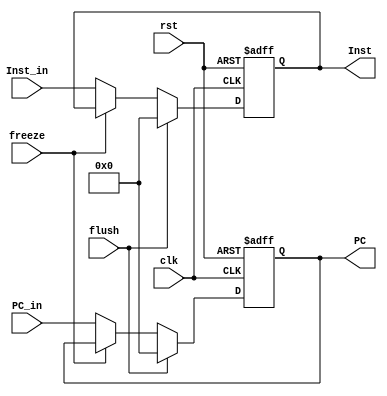
module IF_Stage_Reg (
    clk, rst, freeze, flush,
    PC_in, Inst_in,
    PC, Inst
);
    input clk, rst, freeze, flush;
    input [31:0] PC_in, Inst_in;
    output reg [31:0] PC, Inst;
    
    always @(posedge clk, posedge rst) begin
        if(rst == 1'b1) begin
            PC <= 32'b0;
            Inst <= 32'b0;
        end
        else if(flush == 1'b1) begin
            PC <= 32'b0;
            Inst <= 32'b0;
        end
        else if(freeze == 1'b1) begin
            PC <= PC;
            Inst <= Inst;
        end
        else begin
            PC <= PC_in;
            Inst <= Inst_in;
        end 
    end
        
endmodule